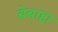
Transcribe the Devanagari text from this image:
बेबाहा